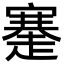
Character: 䞿